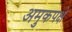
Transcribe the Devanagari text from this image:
अमुकपक्षे